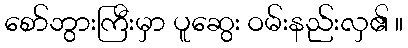
စော်ဘွားကြီးမှာ ပူဆွေး ဝမ်းနည်းလှ၏ ။